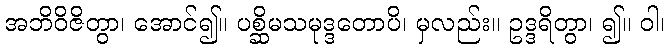
အဘိဝိဇိတွာ၊ အောင်၍။ ပစ္ဆိမသမုဒ္ဒတောပိ၊ မှလည်း။ ဥဒ္ဒရိတွာ၊ ၍။ ဝါ၊